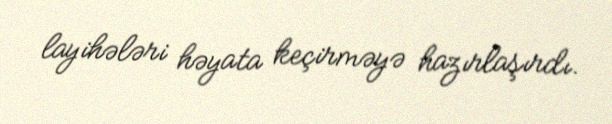
layihələri həyata keçirməyə hazırlaşırdı.